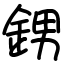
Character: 𨦻